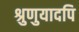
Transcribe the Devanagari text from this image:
श्रुणुयादपि